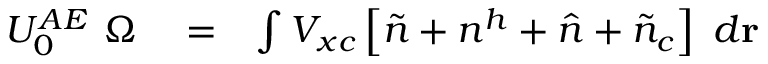
\begin{array} { r l r } { U _ { 0 } ^ { A E } ~ \Omega } & { { } = } & { \int V _ { x c } \left[ \tilde { n } + n ^ { h } + \hat { n } + \tilde { n } _ { c } \right] ~ d { \bf r } } \end{array}